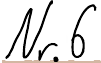
Nr. 6